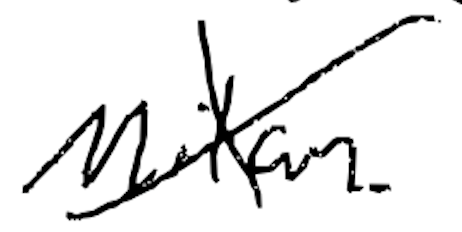
Text: Milan.
Cross-out: cross
Writing tool: digital_black